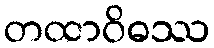
တထာဝိဓဿ